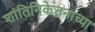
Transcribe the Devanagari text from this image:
शांतिनिकेतनाच्या